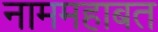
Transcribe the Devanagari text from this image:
नाममहाबत